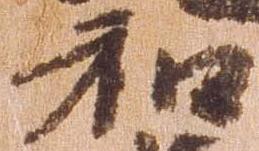
和